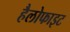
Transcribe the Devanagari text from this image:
हैलोफाइट